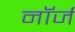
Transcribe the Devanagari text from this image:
नॉर्ज